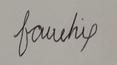
Signature authenticity: forged